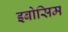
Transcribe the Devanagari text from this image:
इबोसिम